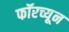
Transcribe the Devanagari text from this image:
फॉरच्यून